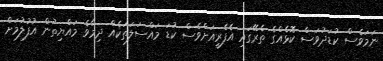
ނަމަވެސް ކުޑަދުވަސް ކޮޅެއްގެ ތެރޭގައި އެފެރީއަށްވެސް ކުޑަ މައްސަލަތަކެއް ދިމާވެ މައްޔިތުން އުފުލުމަށް